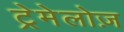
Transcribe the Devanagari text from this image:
ट्रेमेलोज़